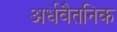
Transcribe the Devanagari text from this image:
अर्धवैतनिक